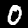
Digit: 0